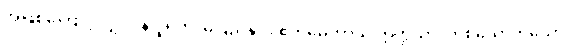
အဖြစ်ကြောင့်လျှင်။ န ပူရတိ၊ မပြည့်နိုင်။ ဧကမေကာယ ဣတ္ထိယာ၊ တစ်ယောက်သော